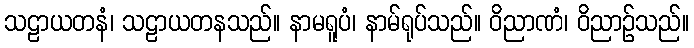
သဠာယတနံ၊ သဠာယတနသည်။ နာမရူပံ၊ နာမ်ရုပ်သည်။ ဝိညာဏံ၊ ဝိညာဉ်သည်။